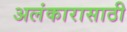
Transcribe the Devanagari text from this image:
अलंकारासाठी